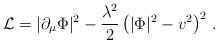
LaTeX: \begin{align*}{\cal L} = |\partial_{\mu}\Phi|^2 - {\lambda^2 \over 2}\left(|\Phi|^2 -v^2\right)^2\, .\end{align*}